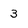
Character: 3